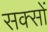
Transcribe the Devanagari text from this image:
सक्सों